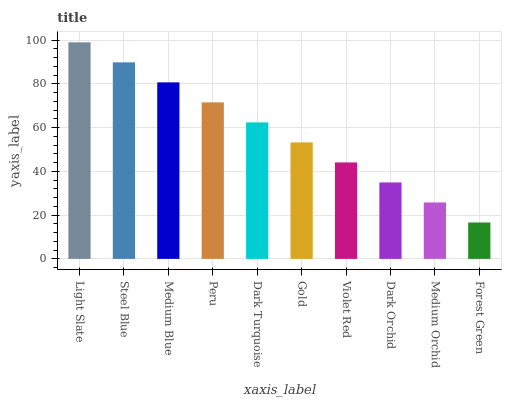
| xaxis_label | bars |
 | --- | --- |
 | Light Slate | 99 |
 | Steel Blue | 89.8 |
 | Medium Blue | 80.7 |
 | Peru | 71.5 |
 | Dark Turquoise | 62.4 |
 | Gold | 53.2 |
 | Violet Red | 44.1 |
 | Dark Orchid | 34.9 |
 | Medium Orchid | 25.8 |
 | Forest Green | 16.6 |